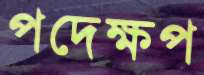
পদেক্ষপ